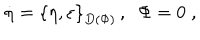
LaTeX: \dot { \eta } = \left\{ \eta , \varepsilon \right\} _ { D ( \Phi ) } \, , \; \; \Phi = 0 \; ,